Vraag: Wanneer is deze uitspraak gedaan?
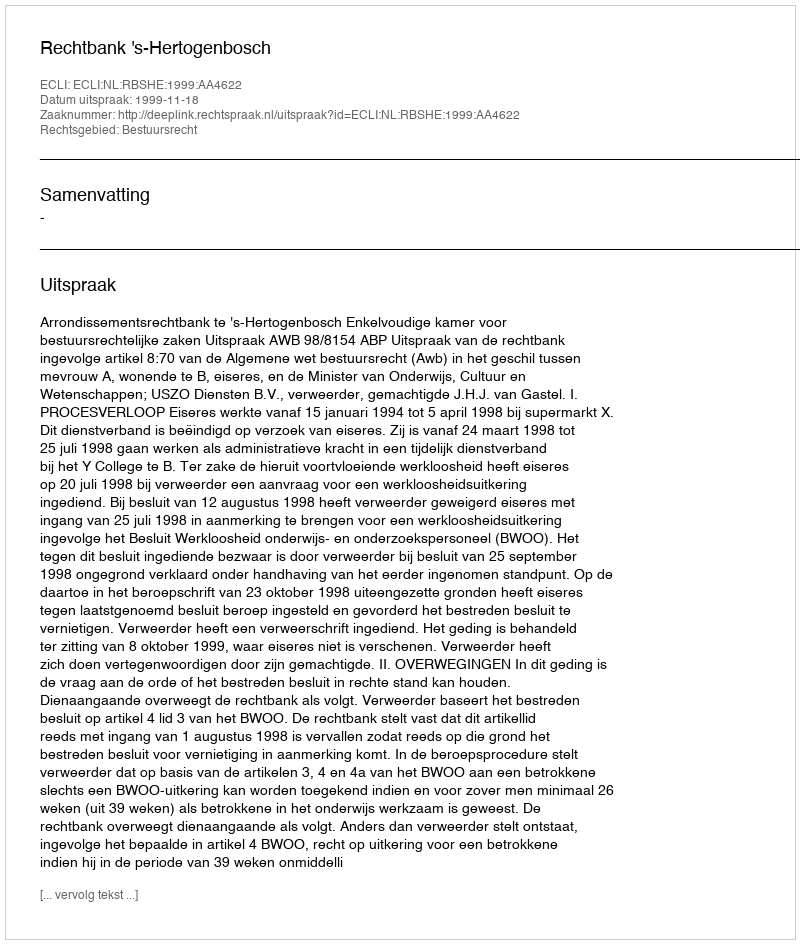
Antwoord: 1999-11-18